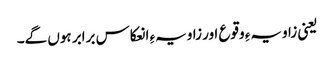
یعنی زاویہءِ وقوع اور زاویہءِ انعکاس برابر ہوں گے۔